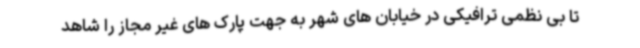
تا بی نظمی ترافیکی در خیابان های شهر به جهت پارک های غیر مجاز را شاهد